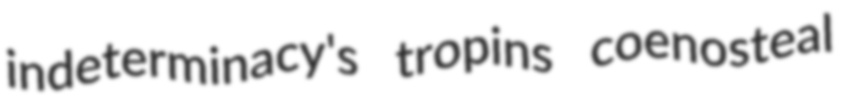
indeterminacy's tropins coenosteal